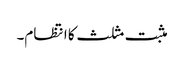
مثبت مثلث کا انتظام۔